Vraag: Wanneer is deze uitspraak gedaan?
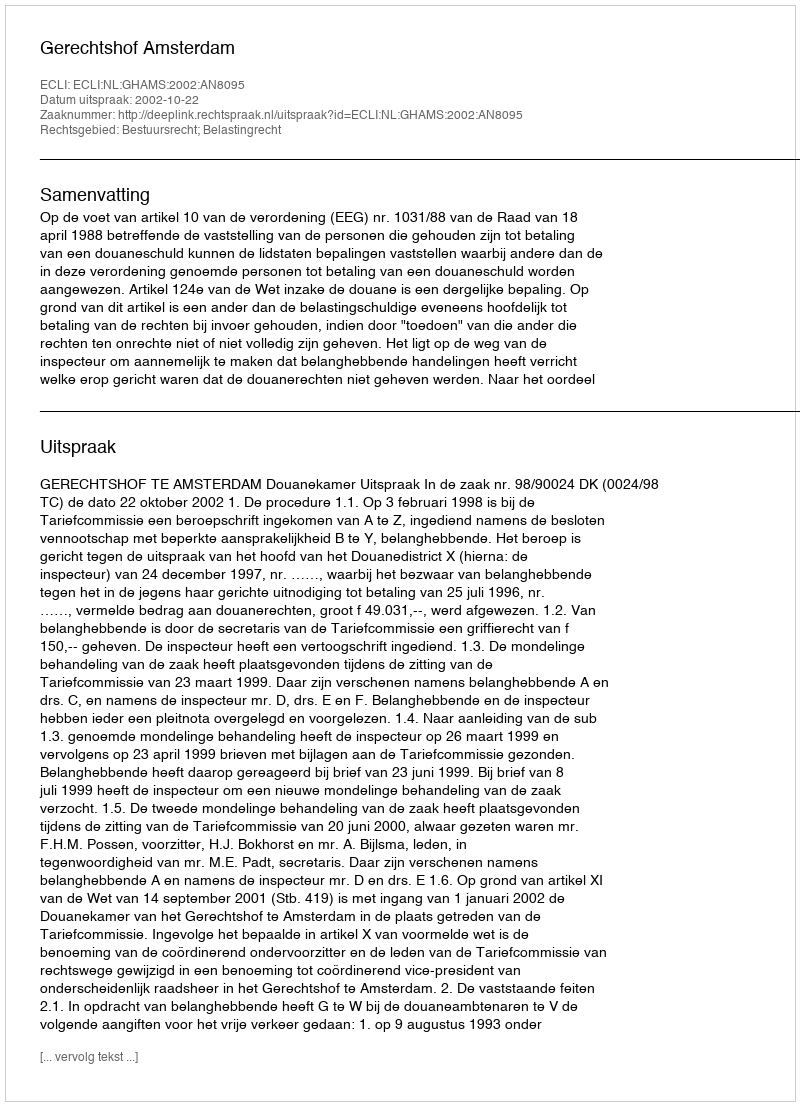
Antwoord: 2002-10-22